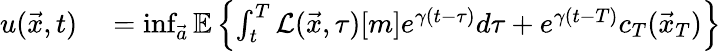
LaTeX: \begin{array}{rl}{u(\vec{x},t)}&{{}=\operatorname*{inf}_{\vec{a}}\mathbb{E}\left\{ \int_{t}^{T}\mathcal{L}(\vec{x},\tau)[m]e^{\gamma(t-\tau)}d\tau+e^{\gamma(t-T)}c_{T}(\vec{x}_{T})\right\} }\end{array}